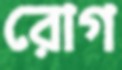
রোগ